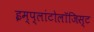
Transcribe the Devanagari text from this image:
इम्प्लांटोलॉजिस्ट